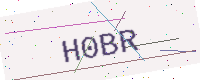
Text: H0BR